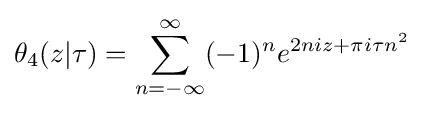
\theta _{4}(z|\tau )=\displaystyle \sum _{n=-\infty }^{\infty }(-1)^{n}e^{2niz+\pi i\tau n^{2}}